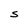
Character: S